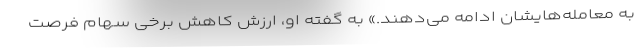
به معامله‌هایشان ادامه می‌دهند.» به گفته او، ارزش کاهش برخی سهام فرصت